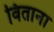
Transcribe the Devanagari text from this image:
विताना